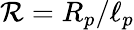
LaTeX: \mathcal{R}=R_{p}/\ell_{p}